Source: Handwritten
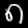
Digit: ၈ (8)